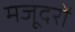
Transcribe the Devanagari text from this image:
मजूदरों